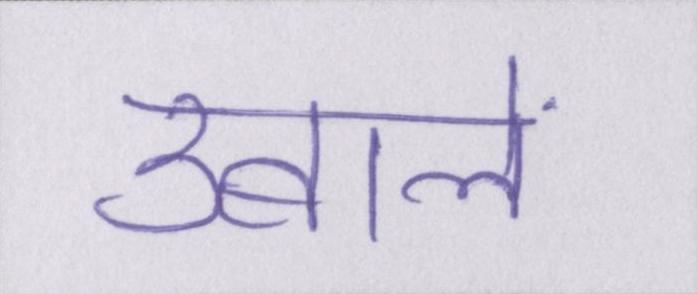
उबालें